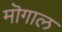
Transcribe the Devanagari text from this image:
मॊगाल